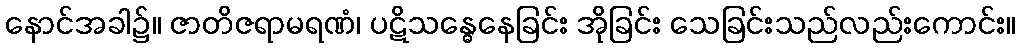
နောင်အခါ၌။ ဇာတိဇရာမရဏံ၊ ပဋိသန္ဓေနေခြင်း အိုခြင်း သေခြင်းသည်လည်းကောင်း။